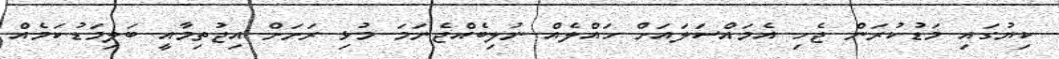
ކިޔުގައި މަޑުކުރަން ޖެހި އެމައްސަލައަށް ހައްލެއް ނުލިބެއްޖެނަމަ މުޅި ރަށަށް އިޖުތިމާއީ ބަލިމަޑުކަމެއް